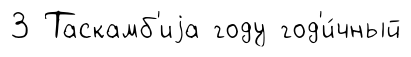
3 Таскамб'иjа году год'и́чный